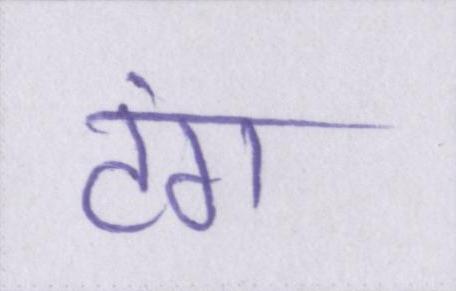
टंग